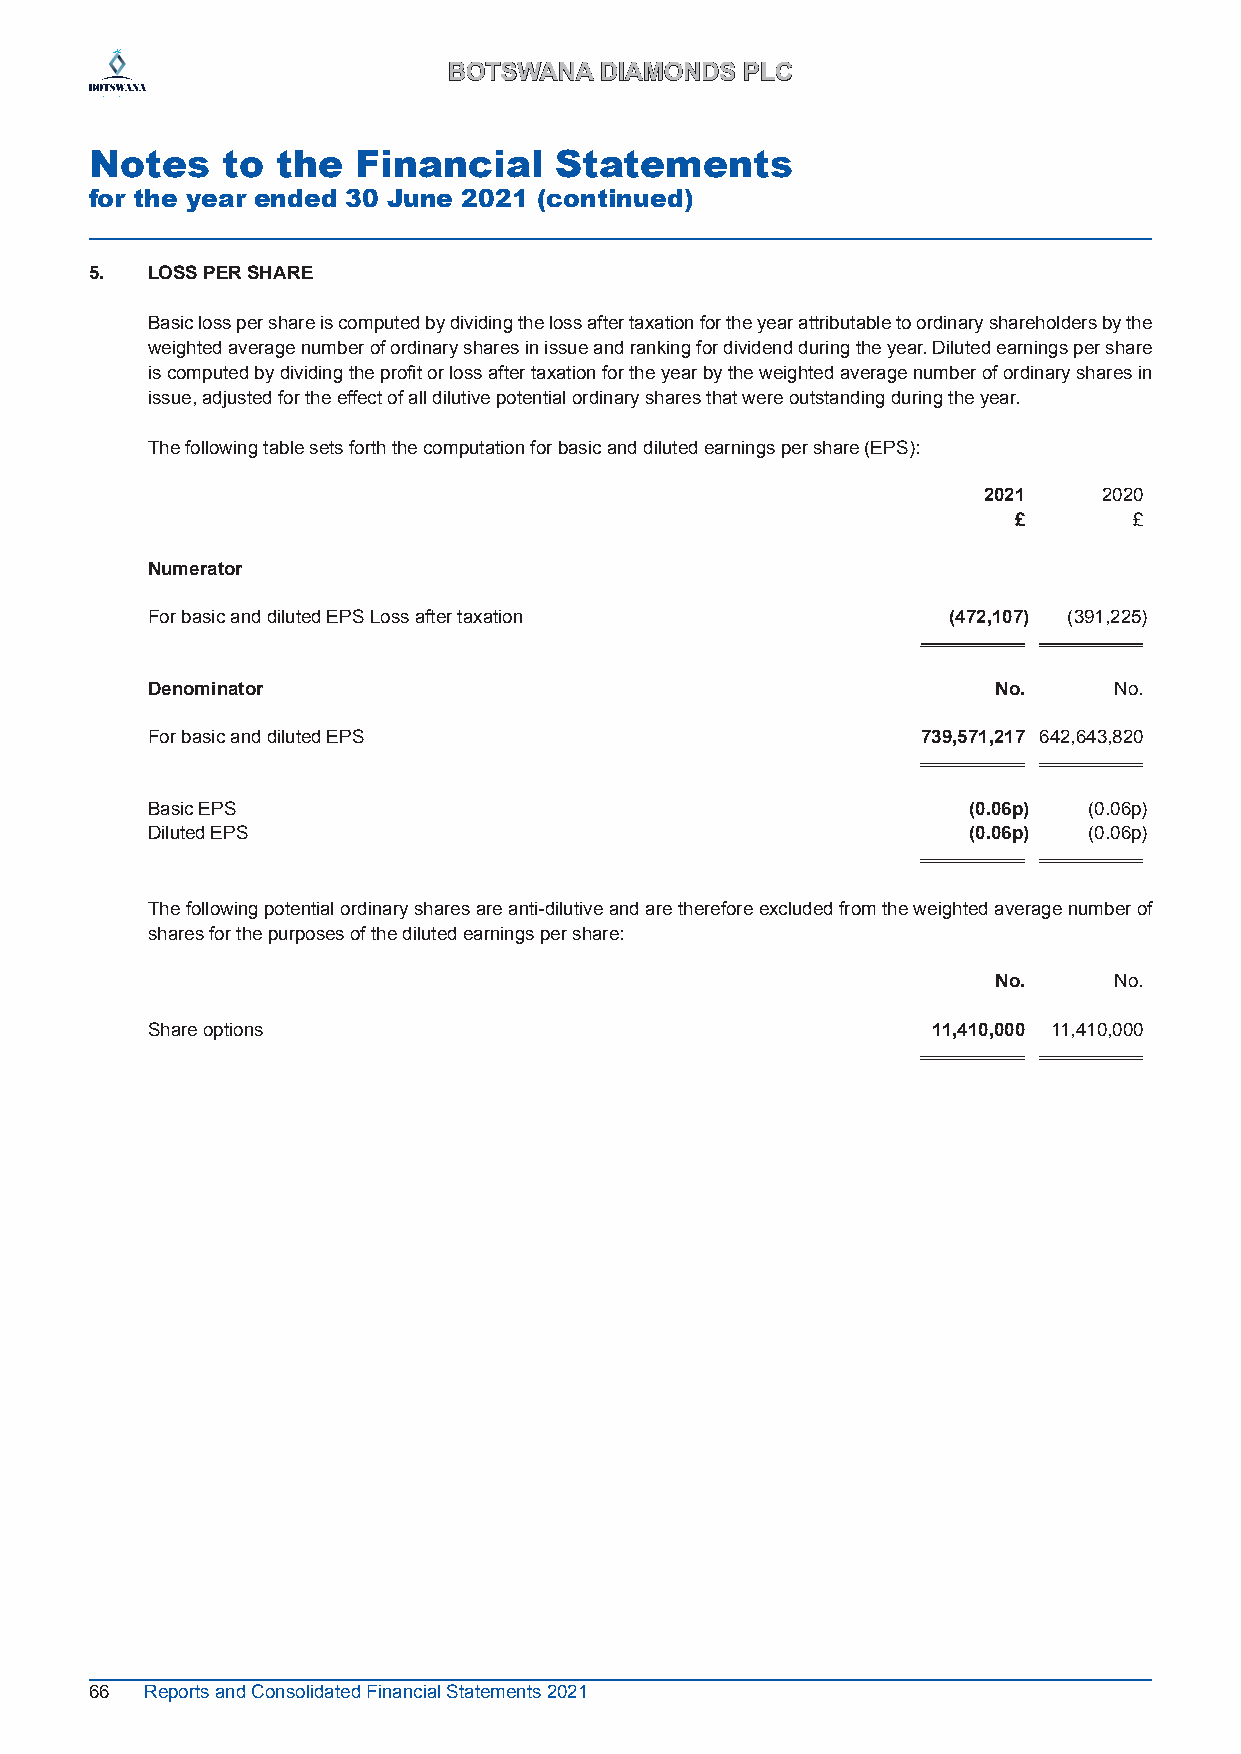
BBOOTTSSWWAANNAA DDIIAAMMOONNDDSS PPLLCC
 Notes    to the   Financial    Statements
 for the year ended 30 June 2021 (continued)
 5.  LOSS PER SHARE
 Basic loss per share is computed by dividing the loss after taxation for the year attributable to ordinary shareholders by the
 weighted average number of ordinary shares in issue and ranking for dividend during the year. Diluted earnings per share
 is computed by dividing the profit or loss after taxation for the year by the weighted average number of ordinary shares in
 issue, adjusted for the effect of all dilutive potential ordinary shares that were outstanding during the year.
 The following table sets forth the computation for basic and diluted earnings per share (EPS) :
 2021    2020
 £       £
 Numerator
 For basic and diluted EPS Loss after taxation        (472,107) (391,225)
 Denominator                                             No.     No.
 For basic and diluted EPS                          739,571,217 642,643,820
 Basic EPS                                             (0.06p) (0.06p)
 Diluted EPS                                           (0.06p) (0.06p)
 The following potential ordinary shares are anti-dilutive and are therefore excluded from the weighted average number of
 shares for the purposes of the diluted earnings per share:
 No.     No.
 Share options                                       11,410,000 11,410,000
 66  Reports and Consolidated Financial Statements 2021